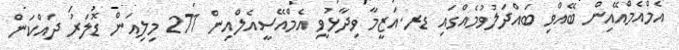
އެމްއެމްއޭއިން ބޭއްވި ބައްދަލުވުމެއްގައި ޑރ.އަޒީމާ ވިދާޅުވީ އެމްއޭސީއެލްއިން 271 މިލިއަން ޑޮލަރު ދައްކަން